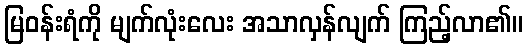
မြဝန်းရံကို မျက်လုံးလေး အသာလှန်လျက် ကြည့်လာ၏။